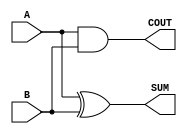
//------------------------------------------------------
// Copyright 1992, 1993 Cascade Design Automation Corporation.
//------------------------------------------------------
module stdaddh(A,B,COUT,SUM);
  parameter
        d_A_r = 0,
        d_A_f = 0,
        d_B_r = 0,
        d_B_f = 0,
        d_COUT_r = 1,
        d_COUT_f = 1,
        d_SUM_r = 1,
        d_SUM_f = 1;
  input  A;
  input  B;
  output  COUT;
  output  SUM;
  wire  A_temp;
  wire  B_temp;
  reg  COUT_temp;
  reg  SUM_temp;
  assign #(d_A_r,d_A_f) A_temp = A;
  assign #(d_B_r,d_B_f) B_temp = B;
  assign #(d_COUT_r,d_COUT_f) COUT = COUT_temp;
  assign #(d_SUM_r,d_SUM_f) SUM = SUM_temp;
  always
    @(A_temp or B_temp)
      begin
      COUT_temp = (A_temp & B_temp);
      SUM_temp = (A_temp ^ B_temp);
      end
endmodule